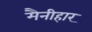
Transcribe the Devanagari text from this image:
मैनीहार